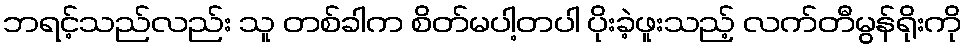
ဘရင့်သည်လည်း သူ တစ်ခါက စိတ်မပါ့တပါ ပိုးခဲ့ဖူးသည့် လက်တီမွန်ရိုးကို